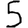
Digit: 5